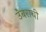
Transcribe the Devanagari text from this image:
उंबराची